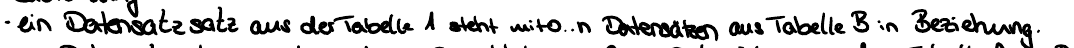
- ein Datensatzsatz aus der Tabelle A steht mit 0..n Datensätzen aus Tabelle B in Beziehung.